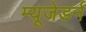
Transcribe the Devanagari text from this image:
म्यूजेडर्न